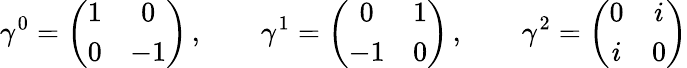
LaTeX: \gamma^{0}=\left(\begin{array}{cc}{{1}}&{{0}}\\ {{0}}&{{-1}}\end{array}\right)\, ,\qquad\gamma^{1}=\left(\begin{array}{cc}{{0}}&{{1}}\\ {{-1}}&{{0}}\end{array}\right)\, ,\qquad\gamma^{2}=\left(\begin{array}{cc}{{0}}&{{i}}\\ {{i}}&{{0}}\end{array}\right)